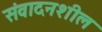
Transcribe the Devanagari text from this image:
संवादनशील